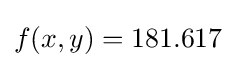
f(x,y)=181.617